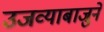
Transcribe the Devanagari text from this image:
उजव्याबाजुने